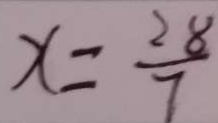
x = \frac { 2 8 } { 7 }